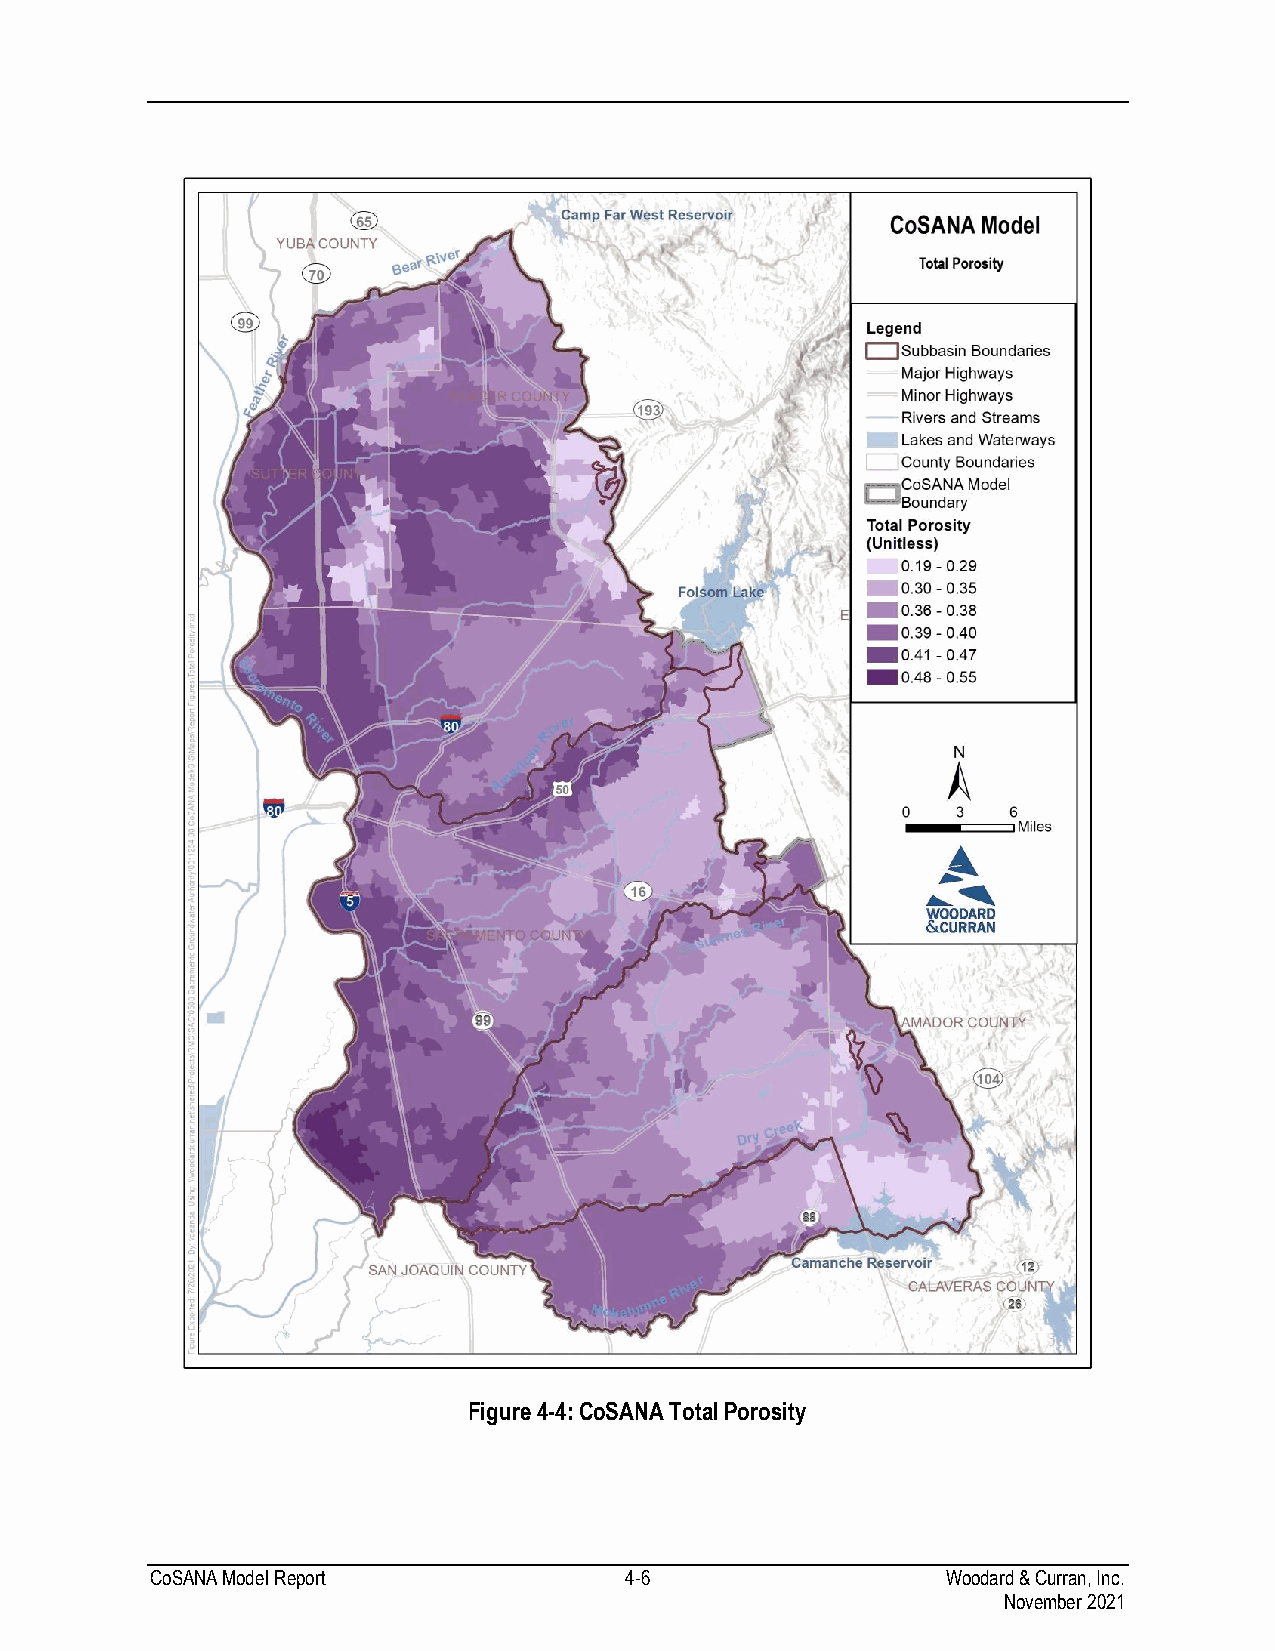
Figure 4-4: CoSANA Total Porosity
 CoSANA Model Report            4-6                   Woodard & Curran, Inc.
 November 2021